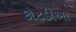
કોટડીઆ